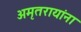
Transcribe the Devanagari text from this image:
अमृतरायांना